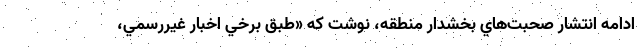
ادامه انتشار صحبت‌هاي بخشدار منطقه، نوشت كه «طبق برخي اخبار غيررسمي،